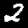
Label: 2